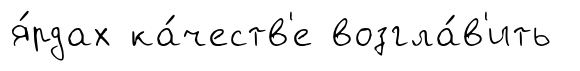
я́рдах ка́честв'е возгла́в'ить